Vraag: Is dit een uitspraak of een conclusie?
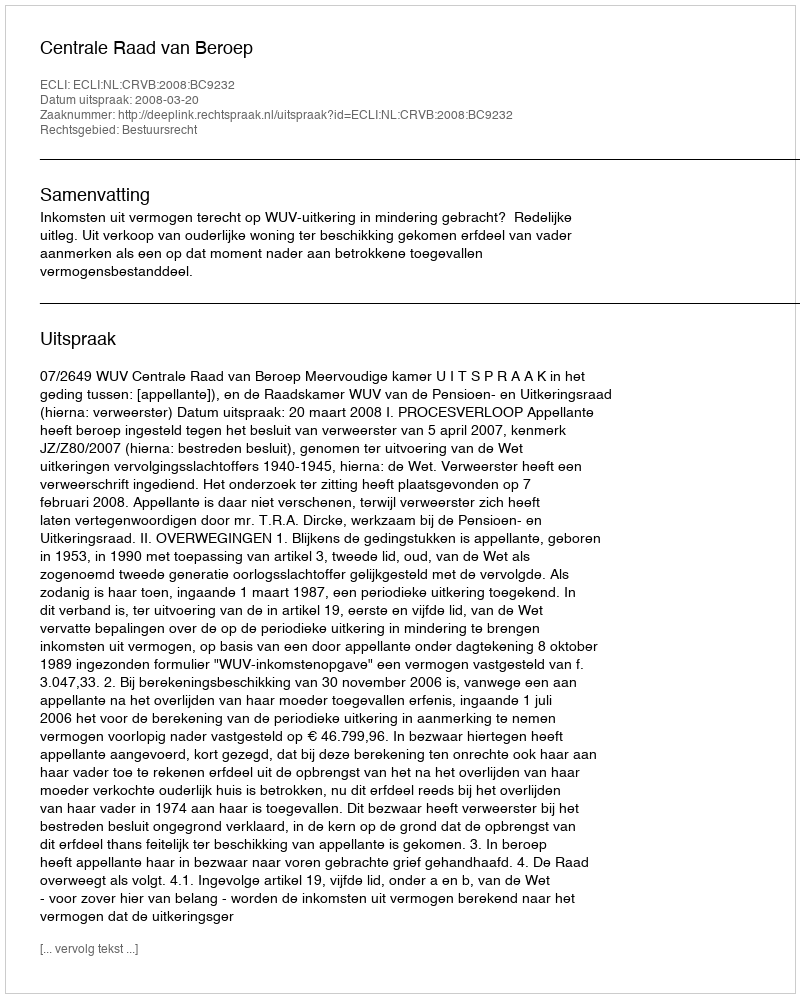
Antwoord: Uitspraak